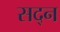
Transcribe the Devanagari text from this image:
सद्न